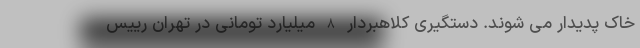
خاک پدیدار می شوند. دستگیری کلاهبردار 8 میلیارد تومانی در تهران رییس